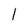
Character: 1